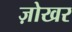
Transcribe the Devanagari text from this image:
ज़ोखर